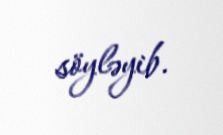
söyləyib.